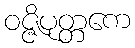
ဝဇ္ဇိပုတ္တကေ